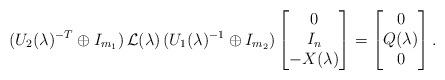
LaTeX: \begin{align*}(U_2(\lambda)^{-T} \oplus I_{m_1}) \, \mathcal{L}(\lambda) \, (U_1(\lambda)^{-1} \oplus I_{m_2})\begin{bmatrix}0 \\ I_n \\ -X(\lambda)\end{bmatrix}= \begin{bmatrix}0 \\ Q(\lambda) \\ 0\end{bmatrix}.\end{align*}